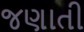
જણાતી